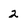
Character: 2